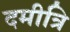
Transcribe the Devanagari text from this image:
दमीत्रि